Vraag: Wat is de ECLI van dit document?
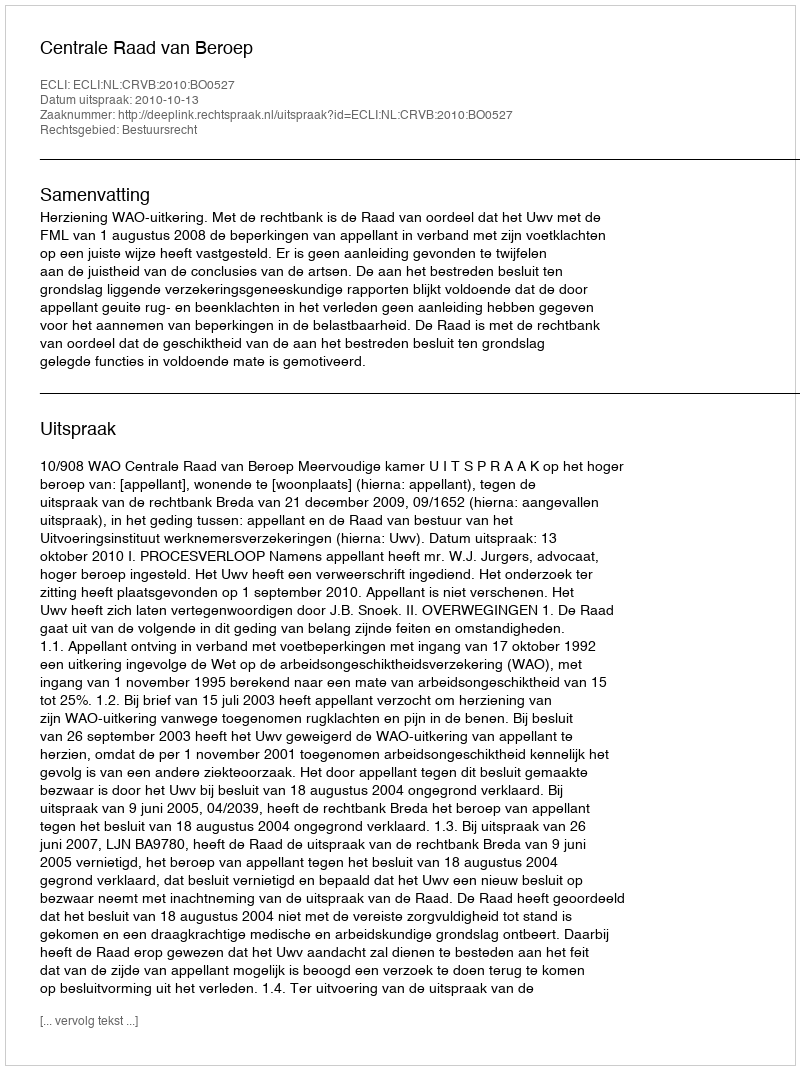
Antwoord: ECLI:NL:CRVB:2010:BO0527